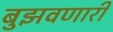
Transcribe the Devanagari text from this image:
बुझवणारी